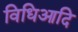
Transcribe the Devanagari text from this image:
विधिआदि